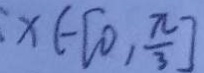
x \in [ 0 , \frac { \pi } { 3 } ]